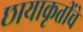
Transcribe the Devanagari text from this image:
छायाकृतींचे